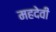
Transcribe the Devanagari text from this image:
महदेवी